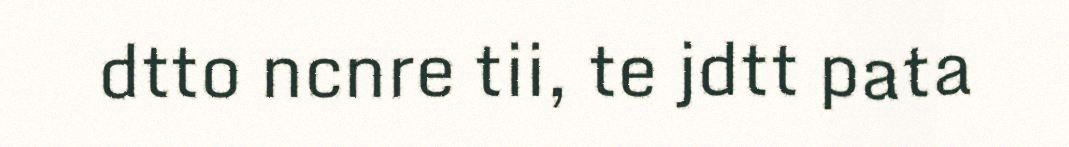
dtto ncnre tii, te jdtt pata